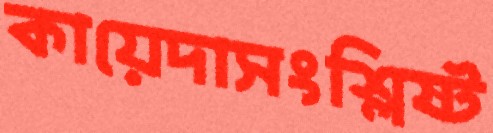
কায়েদাসংশ্লিষ্ট